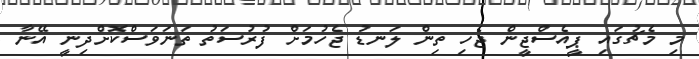
މި މެޗުގައި ޕީއެސްޖީން ޖެހި ތިން ލަނޑު ޖެހުމަށް ފުރުސަތު ތަނަވަސްކޮށްދިނީ އޭނާ